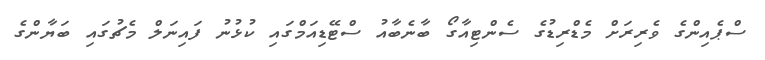
ސްޕެއިންގެ ވެރިރަށް މެޑްރިޑުގެ ސެންޓިއާގޯ ބާނެބާއު ސްޓޭޑިއަމްގައި ކުޅުނު ފައިނަލް މެޗުގައި ބަޔާންގެ